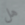
هل